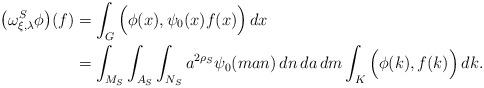
LaTeX: \begin{align*}\big(\omega^{S}_{\xi,\lambda}\phi\big)(f)&=\int_{G}\Big(\phi(x),\psi_{0}(x) f(x)\Big)\,dx\\&=\int_{M_{S}}\int_{A_{S}}\int_{N_{S}}a^{2\rho_{S}}\psi_{0}(man)\,dn\,da\,dm\int_{K}\Big(\phi(k),f(k)\Big)\,dk.\end{align*}